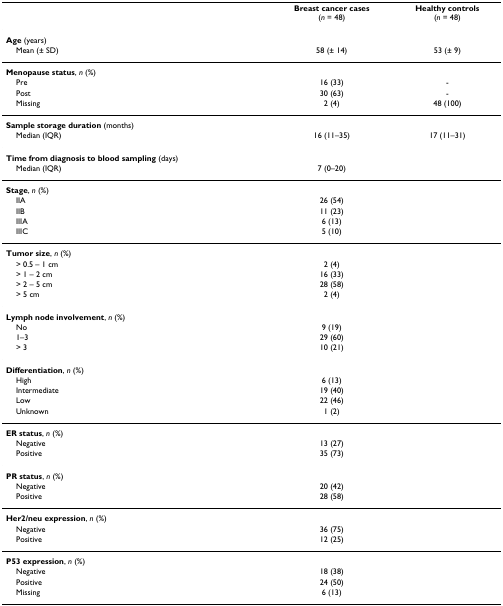
<table><thead><tr><td></td><td><b>Breast cancer cases(<i>n </i>= 48)</b></td><td><b>Healthy controls(<i>n </i>= 48)</b></td></tr></thead><tbody><tr><td><b>Age </b>(years)</td><td></td><td></td></tr><tr><td> Mean (± SD)</td><td>58 (± 14)</td><td>53 (± 9)</td></tr><tr><td><b>Menopause status</b>, <i>n </i>(%)</td><td></td><td></td></tr><tr><td> Pre</td><td>16 (33)</td><td>-</td></tr><tr><td> Post</td><td>30 (63)</td><td>-</td></tr><tr><td> Missing</td><td>2 (4)</td><td>48 (100)</td></tr><tr><td><b>Sample storage duration </b>(months)</td><td></td><td></td></tr><tr><td> Median (IQR)</td><td>16 (11–35)</td><td>17 (11–31)</td></tr><tr><td><b>Time from diagnosis to blood sampling </b>(days)</td><td></td><td></td></tr><tr><td> Median (IQR)</td><td>7 (0–20)</td><td></td></tr><tr><td><b>Stage</b>, <i>n </i>(%)</td><td></td><td></td></tr><tr><td> IIA</td><td>26 (54)</td><td></td></tr><tr><td> IIB</td><td>11 (23)</td><td></td></tr><tr><td> IIIA</td><td>6 (13)</td><td></td></tr><tr><td> IIIC</td><td>5 (10)</td><td></td></tr><tr><td><b>Tumor size</b>, <i>n </i>(%)</td><td></td><td></td></tr><tr><td> &gt; 0.5 – 1 cm</td><td>2 (4)</td><td></td></tr><tr><td> &gt; 1 – 2 cm</td><td>16 (33)</td><td></td></tr><tr><td> &gt; 2 – 5 cm</td><td>28 (58)</td><td></td></tr><tr><td> &gt; 5 cm</td><td>2 (4)</td><td></td></tr><tr><td><b>Lymph node involvement</b>, <i>n </i>(%)</td><td></td><td></td></tr><tr><td> No</td><td>9 (19)</td><td></td></tr><tr><td> 1–3</td><td>29 (60)</td><td></td></tr><tr><td> &gt; 3</td><td>10 (21)</td><td></td></tr><tr><td><b>Differentiation</b>, <i>n </i>(%)</td><td></td><td></td></tr><tr><td> High</td><td>6 (13)</td><td></td></tr><tr><td> Intermediate</td><td>19 (40)</td><td></td></tr><tr><td> Low</td><td>22 (46)</td><td></td></tr><tr><td> Unknown</td><td>1 (2)</td><td></td></tr><tr><td><b>ER status</b>, <i>n </i>(%)</td><td></td><td></td></tr><tr><td> Negative</td><td>13 (27)</td><td></td></tr><tr><td> Positive</td><td>35 (73)</td><td></td></tr><tr><td><b>PR status</b>, <i>n </i>(%)</td><td></td><td></td></tr><tr><td> Negative</td><td>20 (42)</td><td></td></tr><tr><td> Positive</td><td>28 (58)</td><td></td></tr><tr><td><b>Her2/neu expression</b>, <i>n </i>(%)</td><td></td><td></td></tr><tr><td> Negative</td><td>36 (75)</td><td></td></tr><tr><td> Positive</td><td>12 (25)</td><td></td></tr><tr><td><b>P53 expression</b>, <i>n </i>(%)</td><td></td><td></td></tr><tr><td> Negative</td><td>18 (38)</td><td></td></tr><tr><td> Positive</td><td>24 (50)</td><td></td></tr><tr><td> Missing</td><td>6 (13)</td><td></td></tr></tbody></table>